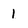
Character: l